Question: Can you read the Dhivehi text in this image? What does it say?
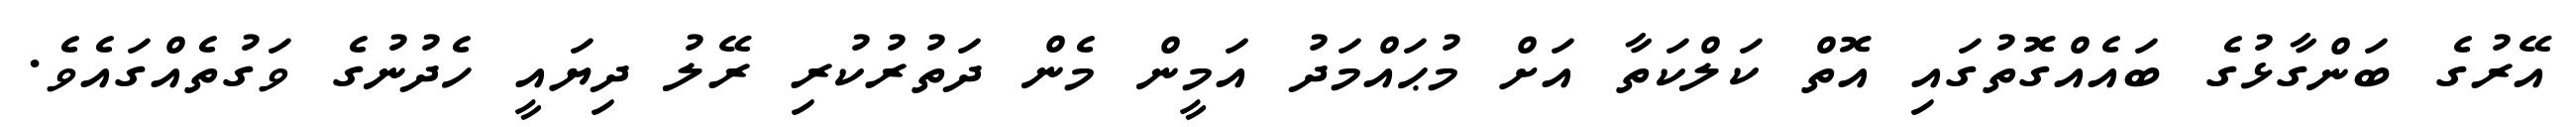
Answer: އޭރުގެ ބަންގާޅުގެ ބައެއްގޮތުގައި އޮތް ކަލްކަތާ އަށް މުޙައްމަދު އަމީން މެން ދަތުރުކުރި ރޭލު ދިޔައީ ހެދުނުގެ ވަގުތެއްގައެވެ.